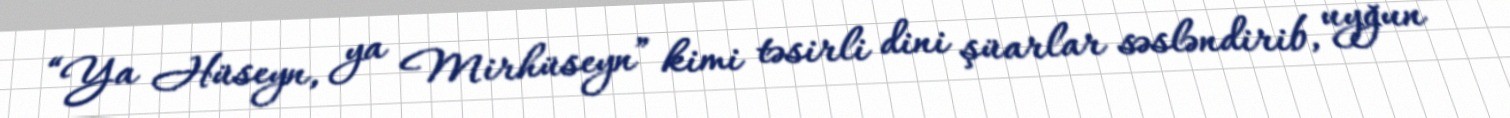
“Ya Hüseyn, ya Mirhüseyn” kimi təsirli dini şüarlar səsləndirib, uyğun